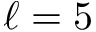
\ell = 5